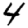
Digit: 4